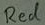
Text: Red